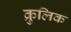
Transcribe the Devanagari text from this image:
क्रुलिक